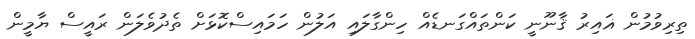
ތިރިވުމުން ޣައިރު ޤާނޫނީ ކަންތައްގަނޑެއް ހިންގާލައި އަލުން ހަމައިސްކޮޅަށް ތެދުވެލަން ރައީސް ޔާމީން